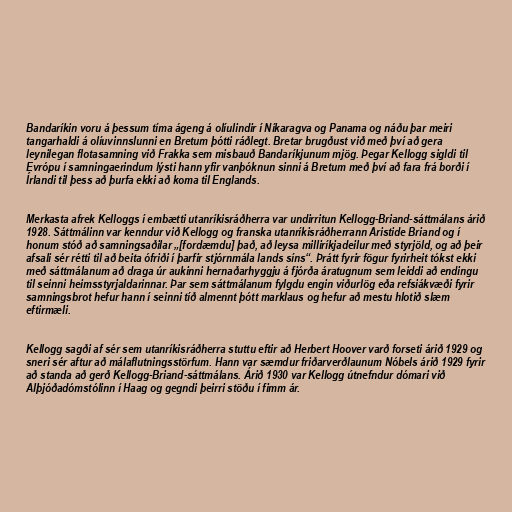
Bandaríkin voru á þessum tíma ágeng á olíulindir í Níkaragva og Panama og náðu þar meiri
tangarhaldi á olíuvinnslunni en Bretum þótti ráðlegt. Bretar brugðust við með því að gera
leynilegan flotasamning við Frakka sem misbauð Bandaríkjunum mjög. Þegar Kellogg sigldi til
Evrópu í samningaerindum lýsti hann yfir vanþóknun sinni á Bretum með því að fara frá borði í
Írlandi til þess að þurfa ekki að koma til Englands.

Merkasta afrek Kelloggs í embætti utanríkisráðherra var undirritun Kellogg-Briand-sáttmálans árið
1928. Sáttmálinn var kenndur við Kellogg og franska utanríkisráðherrann Aristide Briand og í
honum stóð að samningsaðilar „[fordæmdu] það, að leysa milliríkjadeilur með styrjöld, og að þeir
afsali sér rétti til að beita ófriði í þarfir stjórnmála lands síns“. Þrátt fyrir fögur fyrirheit tókst ekki
með sáttmálanum að draga úr aukinni hernaðarhyggju á fjórða áratugnum sem leiddi að endingu
til seinni heimsstyrjaldarinnar. Þar sem sáttmálanum fylgdu engin viðurlög eða refsiákvæði fyrir
samningsbrot hefur hann í seinni tíð almennt þótt marklaus og hefur að mestu hlotið slæm
eftirmæli.

Kellogg sagði af sér sem utanríkisráðherra stuttu eftir að Herbert Hoover varð forseti árið 1929 og
sneri sér aftur að málaflutningsstörfum. Hann var sæmdur friðarverðlaunum Nóbels árið 1929 fyrir
að standa að gerð Kellogg-Briand-sáttmálans. Árið 1930 var Kellogg útnefndur dómari við
Alþjóðadómstólinn í Haag og gegndi þeirri stöðu í fimm ár.